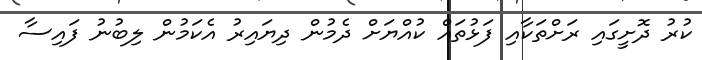
ކުރު ދޮށީގައި ރަށްތަކާއި ފަޅުތައް ކުއްޔަށް ދެމުން ދިޔައިރު އެކަމުން ލިބުނު ފައިސާ